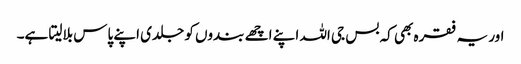
اور یہ فقرہ بھی کہ بس جی اللہ اپنے اچھے بندوں کو جلدی اپنے پاس بلالیتا ہے۔